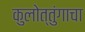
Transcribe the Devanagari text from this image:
कुलोत्तुंगाचा